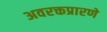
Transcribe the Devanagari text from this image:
अवरक्तप्रारणे